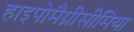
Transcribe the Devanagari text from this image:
हाइपोमैग्नीसीमिया